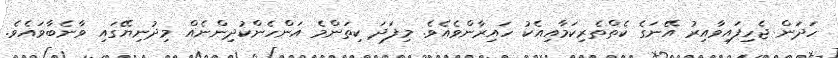
ހަދަން ޖެހިފައިވާއިރު އޭނަގެ ކެތްތެރިކަމާއިއެކު ހައިރާންވެއެވެ. މިފަދަ ކިތަންމެ އަންހެންކުދިންނެއް މިދުނިޔޭގައި ވާނެބާވައެވެ.